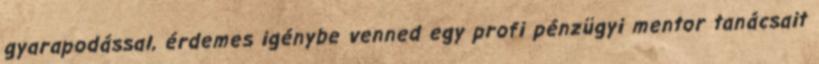
gyarapodással, érdemes igénybe venned egy profi pénzügyi mentor tanácsait